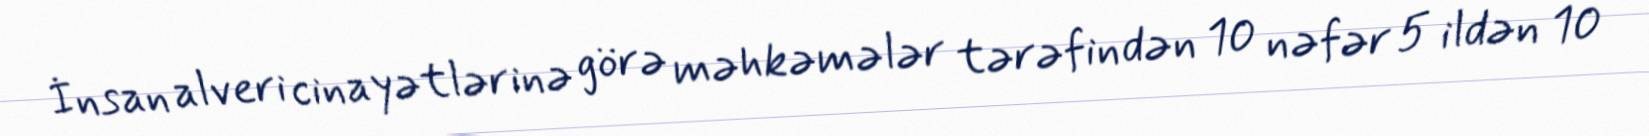
İnsan alveri cinayətlərinə görə məhkəmələr tərəfindən 10 nəfər 5 ildən 10